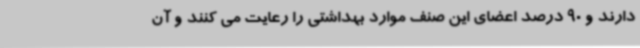
دارند و 90 درصد اعضای این صنف موارد بهداشتی را رعایت می کنند و آن